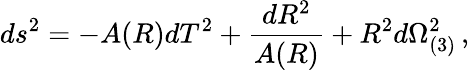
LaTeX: ds^{2}=-A(R)dT^{2}+{\frac{dR^{2}}{A(R)}}+R^{2}d\Omega_{(3)}^{2}\, ,